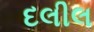
દલીલ